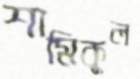
শামিকুল